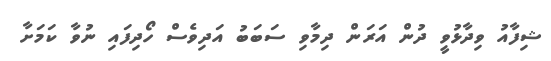
ޝިފާއު ވިދާޅުވީ ދުން އަަރަން ދިމާވި ސަބަބު އަދިވެސް ހޯދިފައި ނުވާ ކަމަށާ